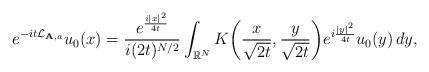
LaTeX: \begin{align*} e^{-it\mathcal{L}_{\mathbf{A},a}}u_0(x)=\frac{e^{\frac{i|x|^{2}}{4t}}}{i(2t)^{{N}/{2}}}\int_{{\mathbb{R}} ^{N}}K\bigg(\frac{x}{\sqrt{2t}},\frac{y}{\sqrt{2t}}\bigg)e^{i\frac{|y|^{2}}{ 4t}}u_{0}(y)\,dy,\end{align*}